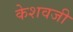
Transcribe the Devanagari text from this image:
केशवजी